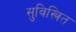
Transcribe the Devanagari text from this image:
सुविस्त्रित